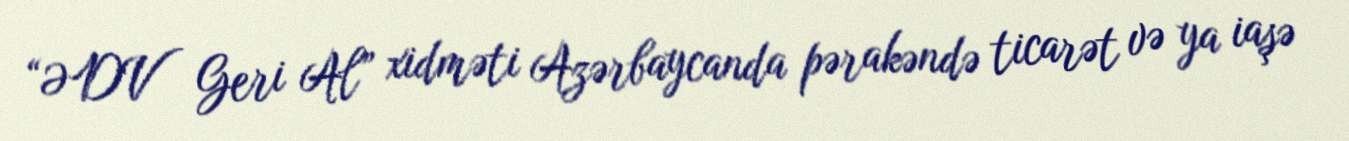
“ƏDV Geri Al” xidməti Azərbaycanda pərakəndə ticarət və ya iaşə